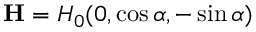
\mathbf { H } = H _ { 0 } ( 0 , \cos \alpha , - \sin \alpha )